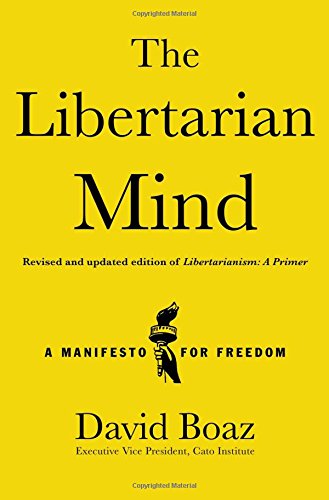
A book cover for The Libertarian Mind: A Manifesto for Freedom; David Boaz; Politics & Social Sciences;